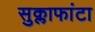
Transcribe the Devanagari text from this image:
सुक्लाफांटा